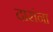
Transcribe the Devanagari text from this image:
दारांना